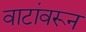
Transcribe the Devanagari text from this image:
वाटांवरून